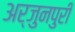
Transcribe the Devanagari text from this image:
अर्जुनपुरी